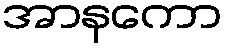
အာနကော